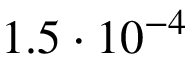
1 . 5 \cdot 1 0 ^ { - 4 }